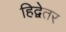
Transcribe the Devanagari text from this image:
हिद्वेतर